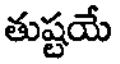
తుష్టయే